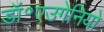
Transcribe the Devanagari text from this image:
डॉ॰एउगेनियो